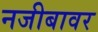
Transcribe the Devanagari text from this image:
नजीबावर